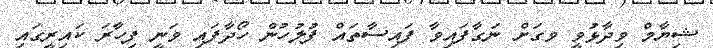
ޝިޔާމް ވިދާޅުވީ ވގަށް ނަގާފައިވާ ފައިސާތައް ފުލުހުން ހޯދާފައި ވަނީ ފިހާރަ ކައިރީގައި